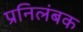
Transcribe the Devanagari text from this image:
प्रनिलंबक